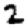
Digit: 2